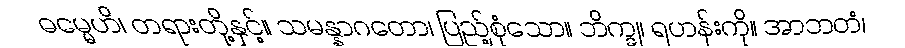
ဓမ္မေဟိ၊ တရားတို့နှင့်။ သမန္နာဂတော၊ ပြည့်စုံသော။ ဘိက္ခု၊ ရဟန်းကို။ အာဘတံ၊